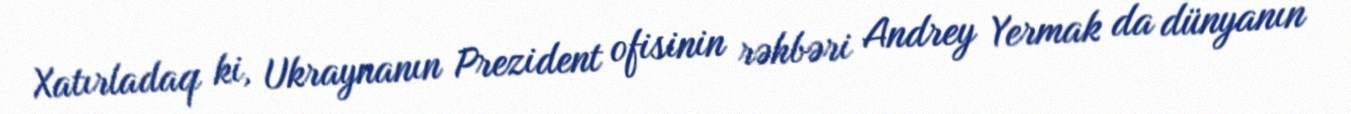
Xatırladaq ki, Ukraynanın Prezident ofisinin rəhbəri Andrey Yermak da dünyanın